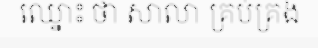
ឈ្នោះ ថា សាលា គ្រប់គ្រង